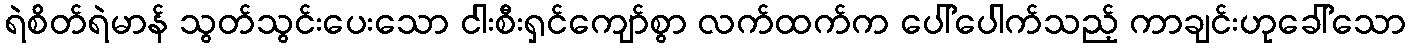
ရဲစိတ်ရဲမာန် သွတ်သွင်းပေးသော ငါးစီးရှင်ကျော်စွာ လက်ထက်က ပေါ်ပေါက်သည့် ကာချင်းဟုခေါ်သော